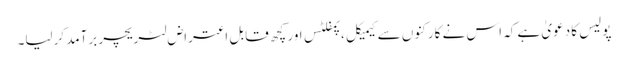
پولیس کا دعویٰ ہے کہ اس نے کارکنوں سے کیمیکل ،پمفلٹس اور کچھ قابل ِاعتراض لٹریچر برآمد کرلیا۔